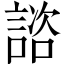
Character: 諮